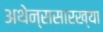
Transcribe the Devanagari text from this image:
अथेन्ससारख्या